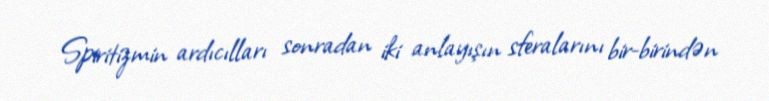
Spiritizmin ardıcılları sonradan iki anlayışın sferalarını bir-birindən